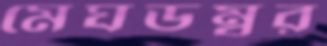
মেঘডম্বর